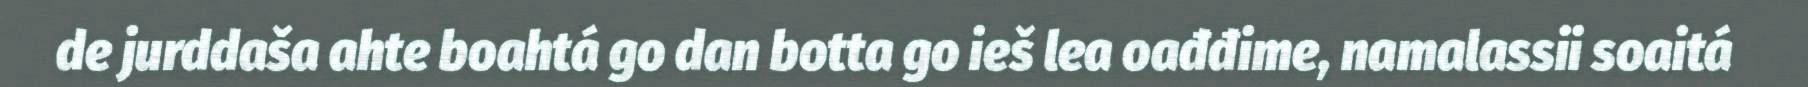
de jurddaša ahte boahtá go dan botta go ieš lea oađđime, namalassii soaitá